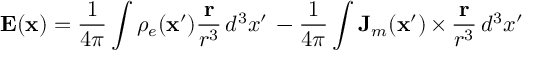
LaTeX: \mathbf { E } ( \mathbf { x } ) = \frac { 1 } { 4 \pi } \int \rho _ { e } ( \mathbf { x } ^ { \prime } ) \frac { \mathbf { r } } { r ^ { 3 } } \, d ^ { 3 } x ^ { \prime } \, - \frac { 1 } { 4 \pi } \int \mathbf { J } _ { m } ( \mathbf { x } ^ { \prime } ) \, { \bf \times } \, \frac { \mathbf { r } } { r ^ { 3 } } \, d ^ { 3 } x ^ { \prime }